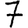
Digit: 7